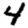
Digit: 4